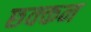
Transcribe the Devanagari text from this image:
छक्कन